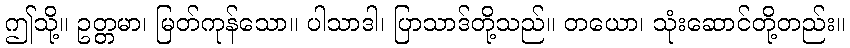
ဤသို့။ ဥတ္တမာ၊ မြတ်ကုန်သော။ ပါသာဒါ၊ ပြာသာဒ်တို့သည်။ တယော၊ သုံးဆောင်တို့တည်း။